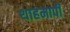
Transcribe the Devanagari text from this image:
थाहमापी